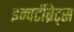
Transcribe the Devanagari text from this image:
इन्वर्टीब्रेट्स